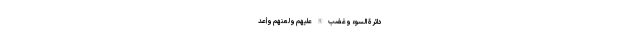
دَائِرَةُ السَّوْءِ وَغَضِبَ اللَّهُ عَلَيْهِمْ وَلَعَنَهُمْ وَأَعَدَّ